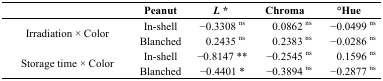
<table><thead><tr><td></td><td><b>Peanut</b></td><td><b><i>L</i>*</b></td><td><b>Chroma</b></td><td><b>°Hue</b></td></tr></thead><tbody><tr><td rowspan="2">Irradiation × Color</td><td>In-shell</td><td>−0.3308 <sup>ns</sup></td><td>0.0862 <sup>ns</sup></td><td>−0.0499 <sup>ns</sup></td></tr><tr><td>Blanched</td><td>0.2435 <sup>ns</sup></td><td>0.2383 <sup>ns</sup></td><td>−0.0286 <sup>ns</sup></td></tr><tr><td rowspan="2">Storage time × Color</td><td>In-shell</td><td>−0.8147 **</td><td>−0.2545 <sup>ns</sup></td><td>0.1596 <sup>ns</sup></td></tr><tr><td>Blanched</td><td>−0.4401 *</td><td>−0.3894 <sup>ns</sup></td><td>−0.2877 <sup>ns</sup></td></tr></tbody></table>